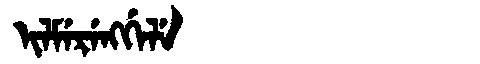
Manchu: ᡳᠯᠮᡝᡵᡝᠩᡤᡝᠯᡝ
Romanization: ILMERENGGELE